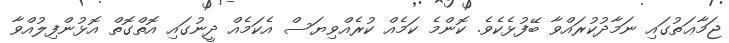
ޖަމާޢަތުގައި ނަމާދުކުރައްވާ ބޭފުޅެކެވެ. ކޮންމެ ކަމެއް ކުރެއްވިޔަސް އެކަމެއް ދީނުގައި އޮތްގޮތް އޮޅުންފިލުއްވާ